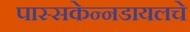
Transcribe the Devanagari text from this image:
पास्सकेन्नडायलचे